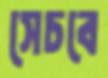
সেচবে